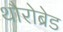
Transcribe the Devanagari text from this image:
थौरोब्रेड